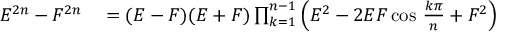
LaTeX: \begin{array} { r l } { E ^ { 2 n } - F ^ { 2 n } } & { { } = ( E - F ) ( E + F ) \prod _ { k = 1 } ^ { n - 1 } \left( E ^ { 2 } - 2 E F \cos \, { \frac { k \pi } { n } } + F ^ { 2 } \right) } \end{array}